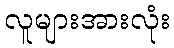
လူများအားလုံး